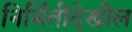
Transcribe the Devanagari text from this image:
निर्मितीदेखील